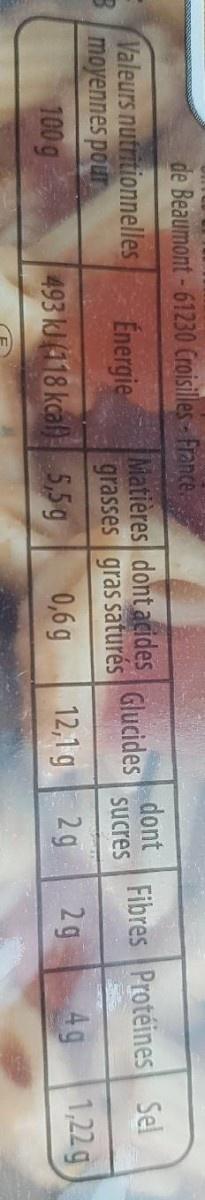
6,
de Beaumont-61230 Croisilles- France.
dont
Matières dont acides grasses gras saturés 12,1 g
Fibres Protéines Sel
Valeurs nutritionnelles moyennes pour
Énergie
Glucides
sucres
100g
493 kJ (118 kcal) 5,5g
0,6 g
2g
29
4g
1,22 g